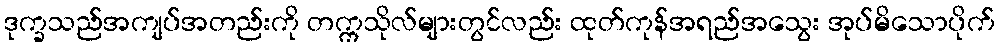
ဒုက္ခသည်အကျပ်အတည်းကို တက္ကသိုလ်များတွင်လည်း ထုတ်ကုန်အရည်အသွေး အုပ်မိသောပိုက်